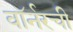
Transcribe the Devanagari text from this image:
वॉर्नरची